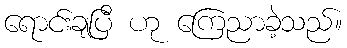
ရောင်းချပြီ ဟု ကြေညာခဲ့သည်။